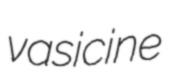
vasicine